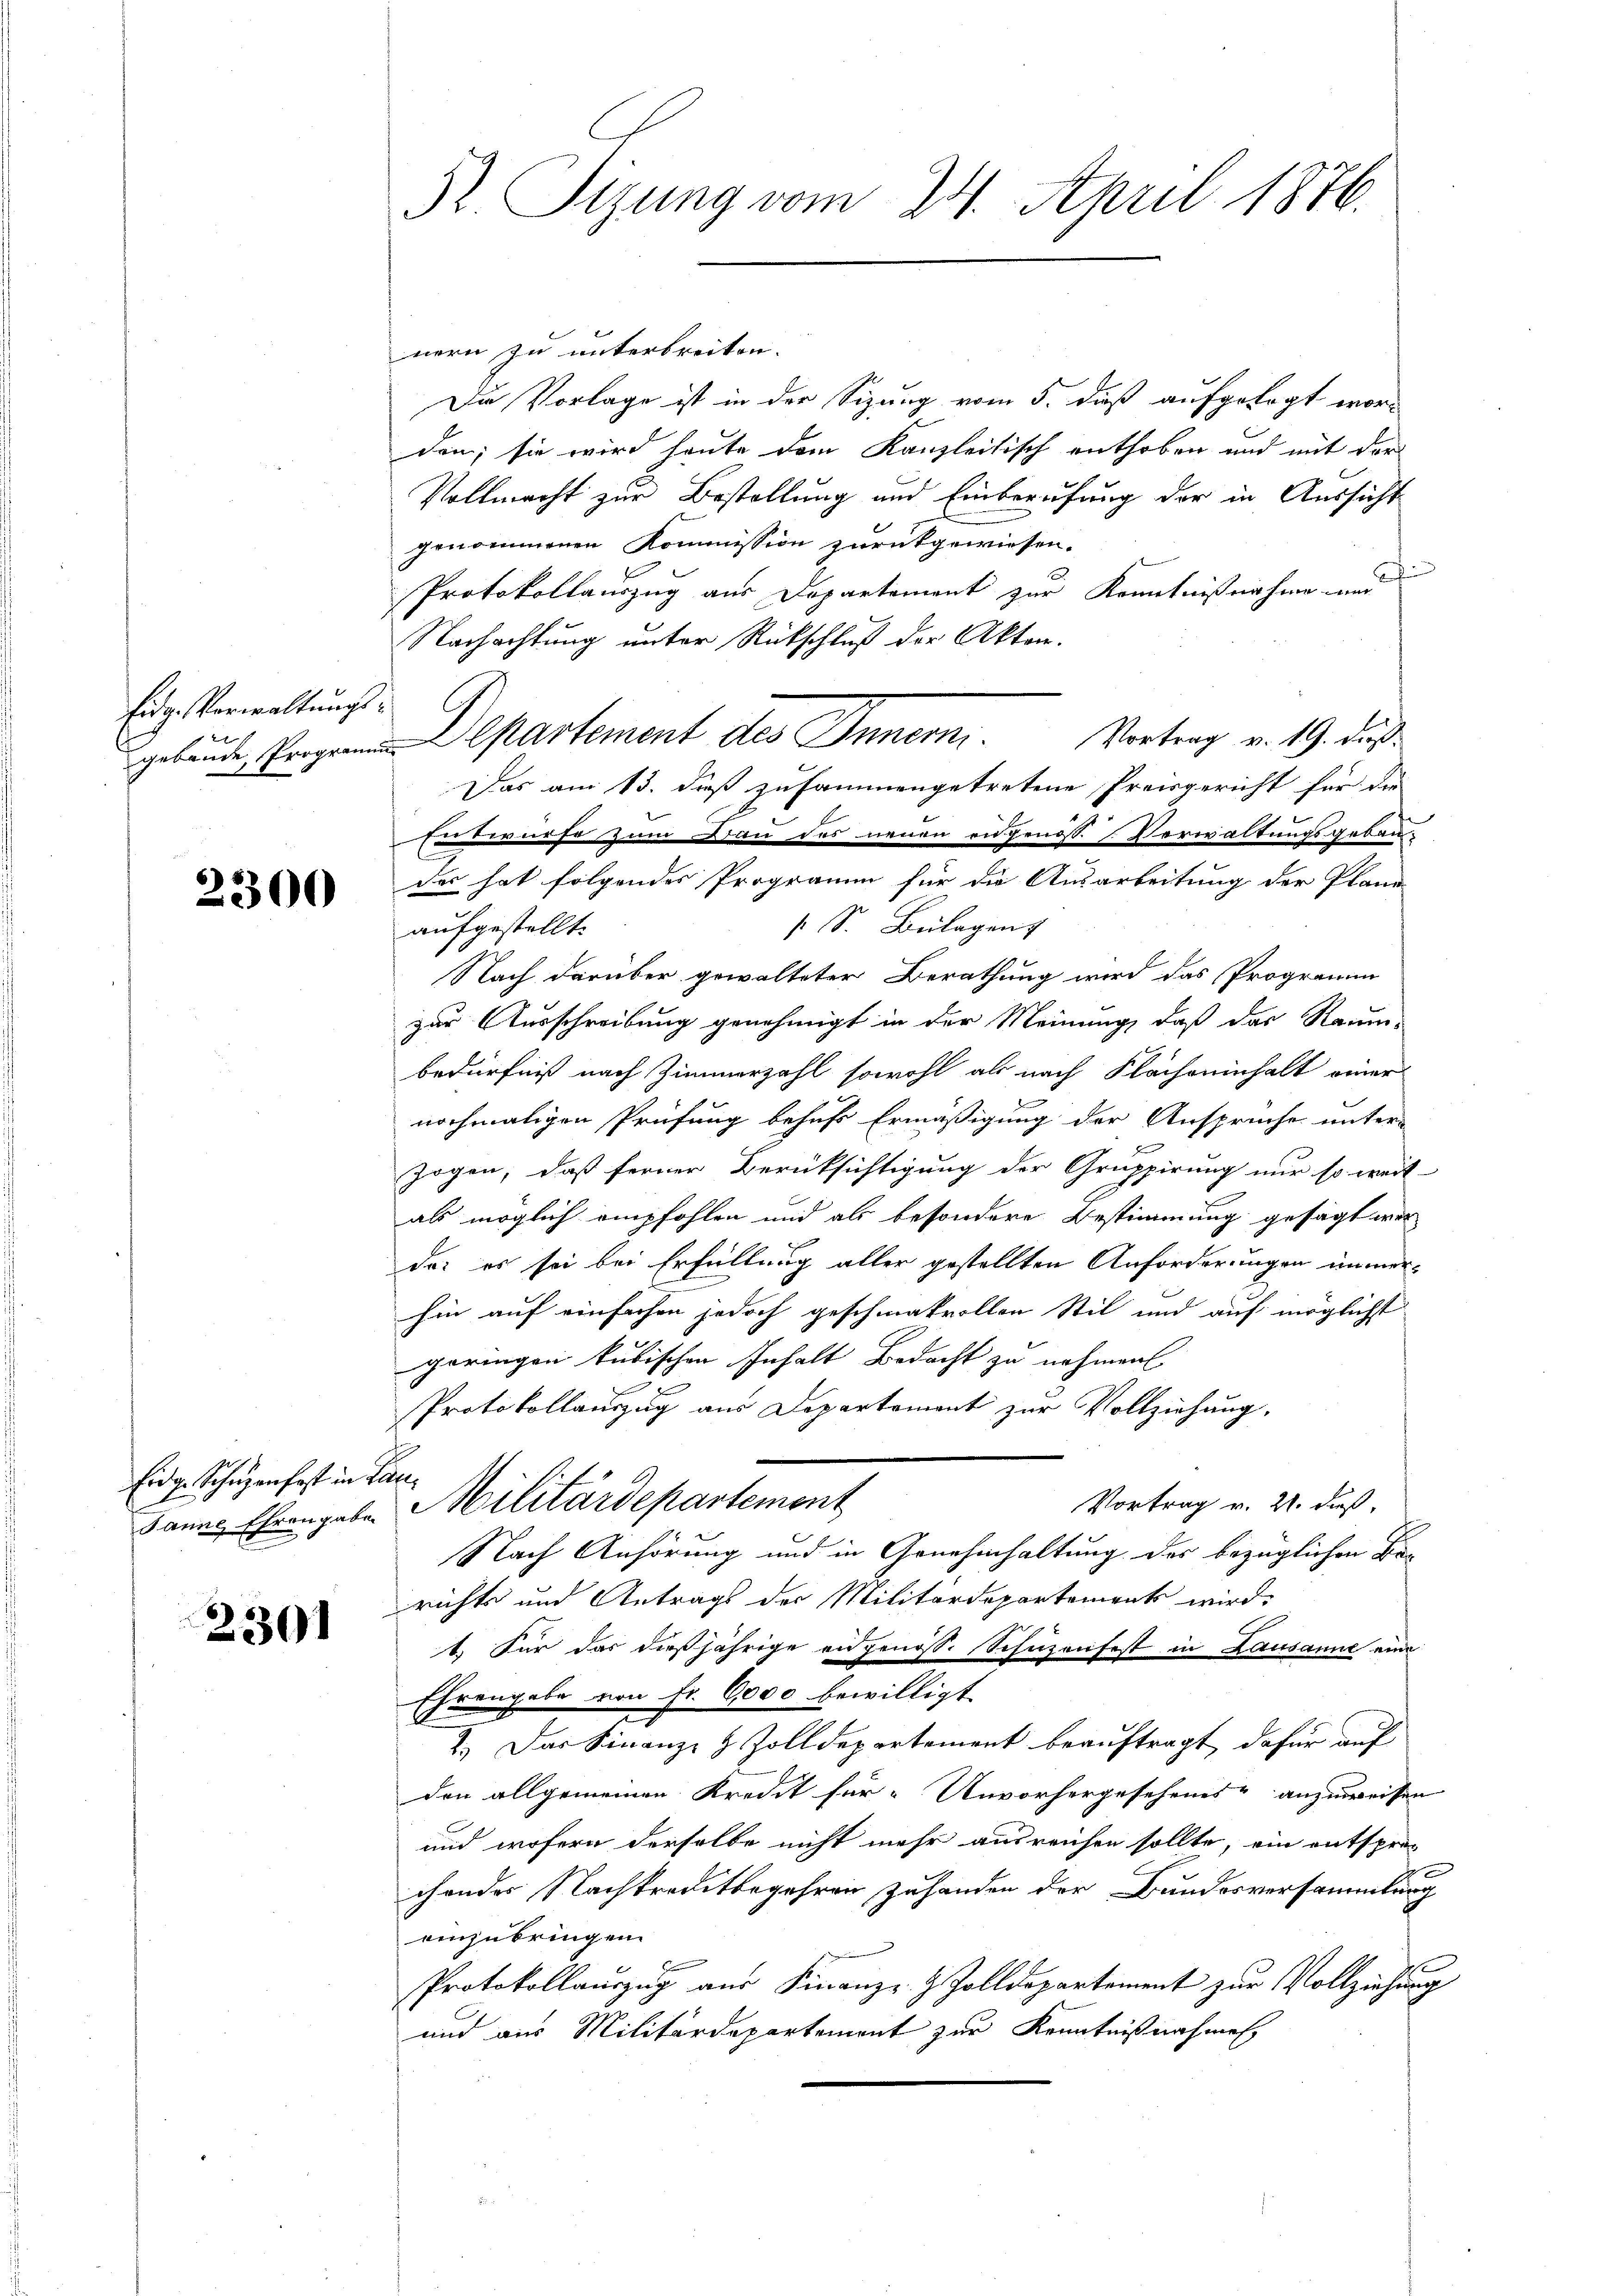
Eidg. Verwaltungs
gebäude, Progren

2300

Eidg. Schuzen fast in Ele
Sanne Ehrengaben

2301

5t. Tizung vom 24. April 1876.

nern zu unterbreiten.
Die Vorlage ist in der Sizung vom 5. daß aufgelegt worden; sie wird heute dem Kanzleitisch enthoben und mit der
Vollmacht zur Bestellung und Einberufung der in Aussicht
genommenen Kommission zurückgewiesen.
Protokollauszug aus Departement zur Kenntnißnahme und
Nachachtung unter Rückschluß der Akten.
Departement des Inner.
Vortrag v. 19. dieß
Das am 13. dieß zusammengetretene Preisgericht für die
Entwurfe zum Bau des neuen eidgenös. Verwaltungsgebäudes hat folgendes Programm für die Ausarbeitung der Plane
 S. Bulagen
aufgestellt.
Nach darüber gewalteter Berathung wird das Programm
zur Ausschreibung genehmigt in der Meinung, daß das Raum-
bedürfniß nach Zimmerzahl sowohl als nach Flachseinhalt einer
nochmaligen Prüfung behufs Ermäßigung der Anspruche unter-
zogen, daß ferner Berüksichtigung der Gruppirung nur so weit
als möglich empfohlen und als besondere Bestimmung gesagt wer
das es sei bei Erfüllung aller gestellten Anforderungen unmerhin auf einfachen jedoch geschmakvollen Stil und auf möglichst
geringen kubischen Inhalt Bedacht zu nehmen
Protokollauszug aus Departement zur Vollziehung.
 Militärdepartement
Vortrag v. 21. daß
Nach Anhörung und in Genehmhaltung des bezüglichen Berichte und Antrags der Militärdepartements wird.
1. Für das dießjährige angenoss. Schuzenfest in Lausanne eine
Ehrengabe von Fr. 6000 bewilligt.
2.) Das Finanz- & Zolldepartement beauftragt, dafür auf
den allgemeinen Kredit für Unvorhergesehenes anzuweisen
und wofern derselbe nicht mehr ausreichen sollte, ein entsprechendes Nachtreditbegehren zuhanden der Bundesversammlung
einzubringen
x
Protokollauszug aus Finanzz- & Zolldepartement zur Vollziehung
und aus Militärdepartement zur Kenntnißnahmen